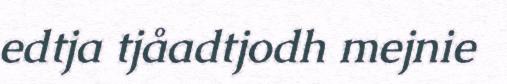
edtja tjåadtjodh mejnie